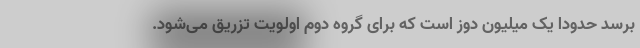
برسد حدودا یک میلیون دوز است که برای گروه دوم اولویت تزریق می‌شود.